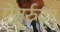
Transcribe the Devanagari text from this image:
ऐञ्जूर्रुवर